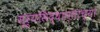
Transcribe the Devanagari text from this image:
सूर्यसिद्धान्ताच्या